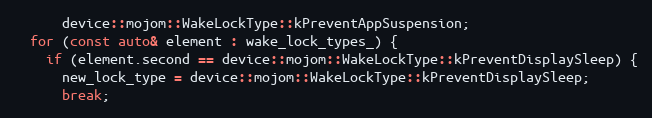
Language: C++
      device::mojom::WakeLockType::kPreventAppSuspension;
  for (const auto& element : wake_lock_types_) {
    if (element.second == device::mojom::WakeLockType::kPreventDisplaySleep) {
      new_lock_type = device::mojom::WakeLockType::kPreventDisplaySleep;
      break;